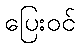
ပြေးဝင်